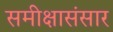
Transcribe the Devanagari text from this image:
समीक्षासंसार